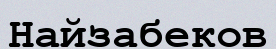
Найзабеков